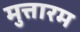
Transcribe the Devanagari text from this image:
मुत्तारम